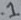
Text: .1